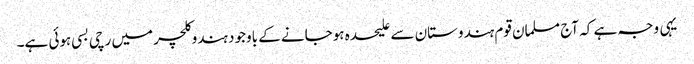
یہی وجہ ہے کہ آج مسلمان قوم ہندوستان سے علیحدہ ہوجانے کے باوجود ہندوکلچر میں رچی بسی ہوئی ہے۔